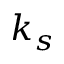
k _ { s }